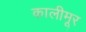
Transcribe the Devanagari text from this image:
कालीमूर